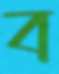
ব